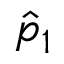
\hat { p } _ { 1 }